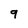
Character: 9